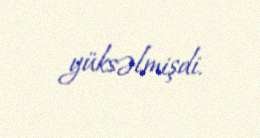
yüksəlmişdi.